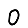
Digit: 0